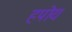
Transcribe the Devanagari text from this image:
हपोय